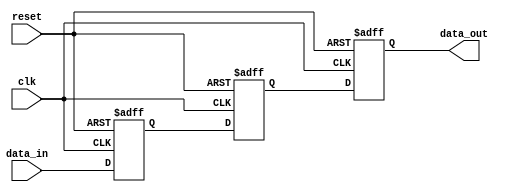
module three_flop_synchronizer (
    input wire clk,
    input wire reset,
    input wire data_in,
    output reg data_out
);

reg flop1, flop2, flop3;

always @ (posedge clk or posedge reset) begin
    if (reset) begin
        flop1 <= 1'b0;
        flop2 <= 1'b0;
        flop3 <= 1'b0;
    end else begin
        flop1 <= data_in;
        flop2 <= flop1;
        flop3 <= flop2;
    end
end

assign data_out = flop3;

endmodule